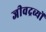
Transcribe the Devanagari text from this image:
जीवद्रव्यों